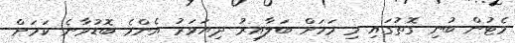
މެޓުން ބުނި ގޮތުގައި މި މަހަށް ބަލާއިރު ދިޔަވަރު އެންމެ ބޮޑުވާނެ ކަމަށް